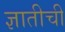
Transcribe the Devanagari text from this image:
ज्ञातीची